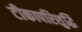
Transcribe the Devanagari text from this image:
टीकापरिशुद्धि